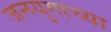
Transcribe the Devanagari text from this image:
जनयुगाच्या